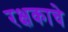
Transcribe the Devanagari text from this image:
रक्षकाचे